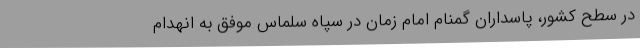
در سطح کشور، پاسداران گمنام امام زمان در سپاه سلماس موفق به انهدام